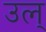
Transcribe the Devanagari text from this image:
उल्‌